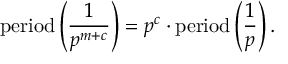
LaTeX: { \mathrm { p e r i o d } } \left( { \frac { 1 } { p ^ { m + c } } } \right) = p ^ { c } \cdot { \mathrm { p e r i o d } } \left( { \frac { 1 } { p } } \right) .